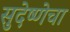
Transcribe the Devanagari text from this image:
सुदेष्णेचा